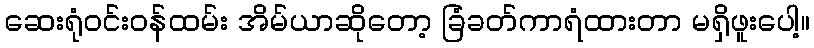
ဆေးရုံဝင်းဝန်ထမ်း အိမ်ယာဆိုတော့ ခြံခတ်ကာရံထားတာ မရှိဖူးပေါ့။